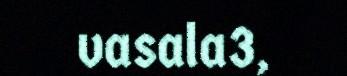
vasala3,